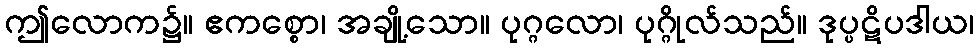
ဤလောက၌။ ဧကစ္စော၊ အချို့သော။ ပုဂ္ဂလော၊ ပုဂ္ဂိုလ်သည်။ ဒုပ္ပဋိပဒါယ၊